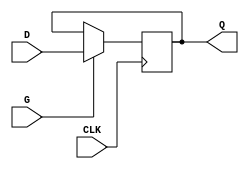
module edge_triggered_gated_latch (
    input wire D,     // Data Input
    input wire CLK,   // Clock Input
    input wire G,     // Gate Input
    output reg Q      // Output
);

// Always block triggered on the rising edge of CLK
always @(posedge CLK) begin
    if (G) begin
        Q <= D; // Capture D when G is high
    end
    // If G is low, Q retains its previous value
end

endmodule